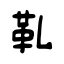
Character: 鞃